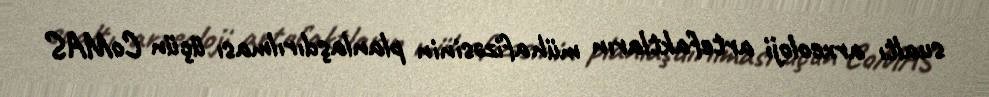
sualtı arxeoloji artefaktların mühafizəsinin planlaşdırılması üçün CoMAS